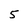
Character: 5